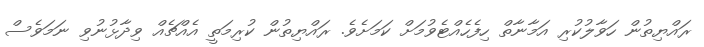
ރައްޔިތުން ހަވާލުކުރި އަމާނާތް ހިފެހެއްޓެވުމަށް ކަމަށެވެ. ރައްޔިތުން ކުރިމަތީ އެއްޗެއް ވިދާޅުނުވި ނަމަވެސް